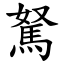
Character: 駑